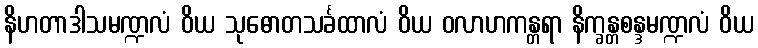
နိဟတာဒါသမဏ္ဍလံ ဝိယ သုဓောတသင်္ခထာလံ ဝိယ ဝလာဟကန္တရာ နိက္ခန္တစန္ဒမဏ္ဍလံ ဝိယ